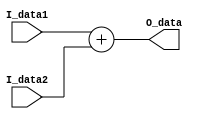
// A 32 bit adder module
// Written by Jack McEllin - 15170144

module add(
    input [31:0] I_data1,
    input [31:0] I_data2,
    output [31:0] O_data
    );

	assign O_data = I_data1 + I_data2;	

endmodule